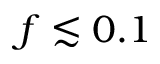
f \lesssim 0 . 1